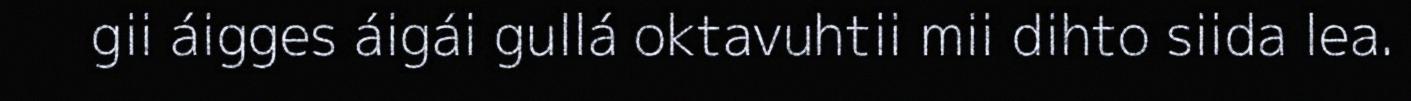
gii áigges áigái gullá oktavuhtii mii dihto siida lea.